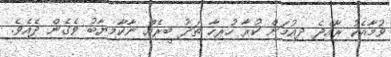
ވުމާއެކު ރާއްޖެ ދިއުމަށް ކުރާ ހުރިހާ ތަދު ބީރެއް ނާކާމިޔާބު ވެގެން ދެއެވެ.